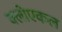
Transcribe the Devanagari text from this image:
क्लोएकल